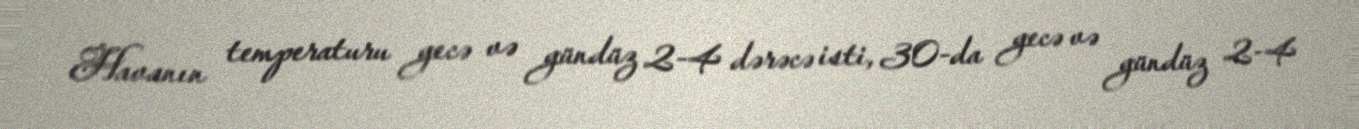
Havanın temperaturu gecə və gündüz 2-4 dərəcə isti, 30-da gecə və gündüz 2-4